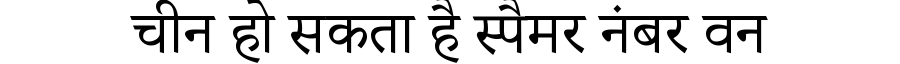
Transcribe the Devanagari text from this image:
चीन हो सकता है स्पैमर नंबर वन